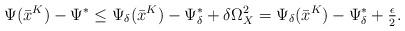
LaTeX: \begin{align*}\Psi(\bar x^K) - \Psi^* &\le \Psi_{\delta}(\bar x^K) - \Psi_\delta^* + \delta \Omega_X^2 =\Psi_{\delta}(\bar x^K) - \Psi_\delta^* + \tfrac{\epsilon}{2}.\end{align*}